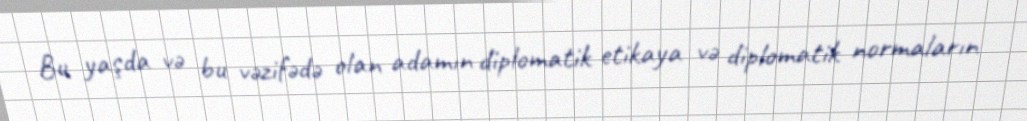
Bu yaşda və bu vəzifədə olan adamın diplomatik etikaya və diplomatik normaların